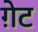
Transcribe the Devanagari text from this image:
ग़ेट